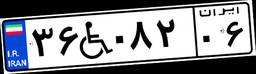
۳۶W۰۸۲۰۶